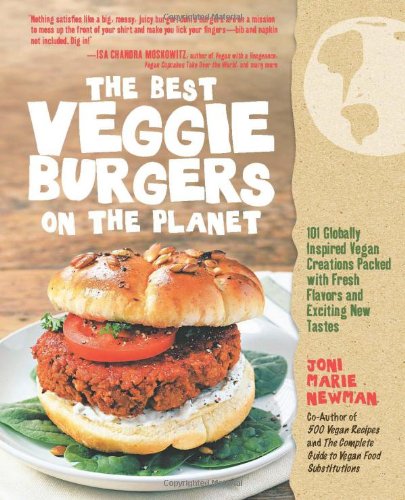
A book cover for The Best Veggie Burgers on the Planet: 101 Globally Inspired Vegan Creations Packed with Fresh Flavors and Exciting New Tastes; Joni Marie Newman; Cookbooks, Food & Wine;